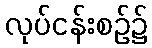
လုပ်ငန်းစဉ်၌